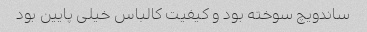
ساندویچ سوخته بود و کیفیت کالباس خیلی پایین بود